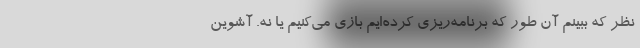
نظر که ببینم آن طور که برنامه‌ریزی‌ کرده‌ایم بازی می‌کنیم یا نه. آشوین